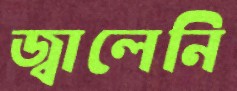
জ্বালেনি